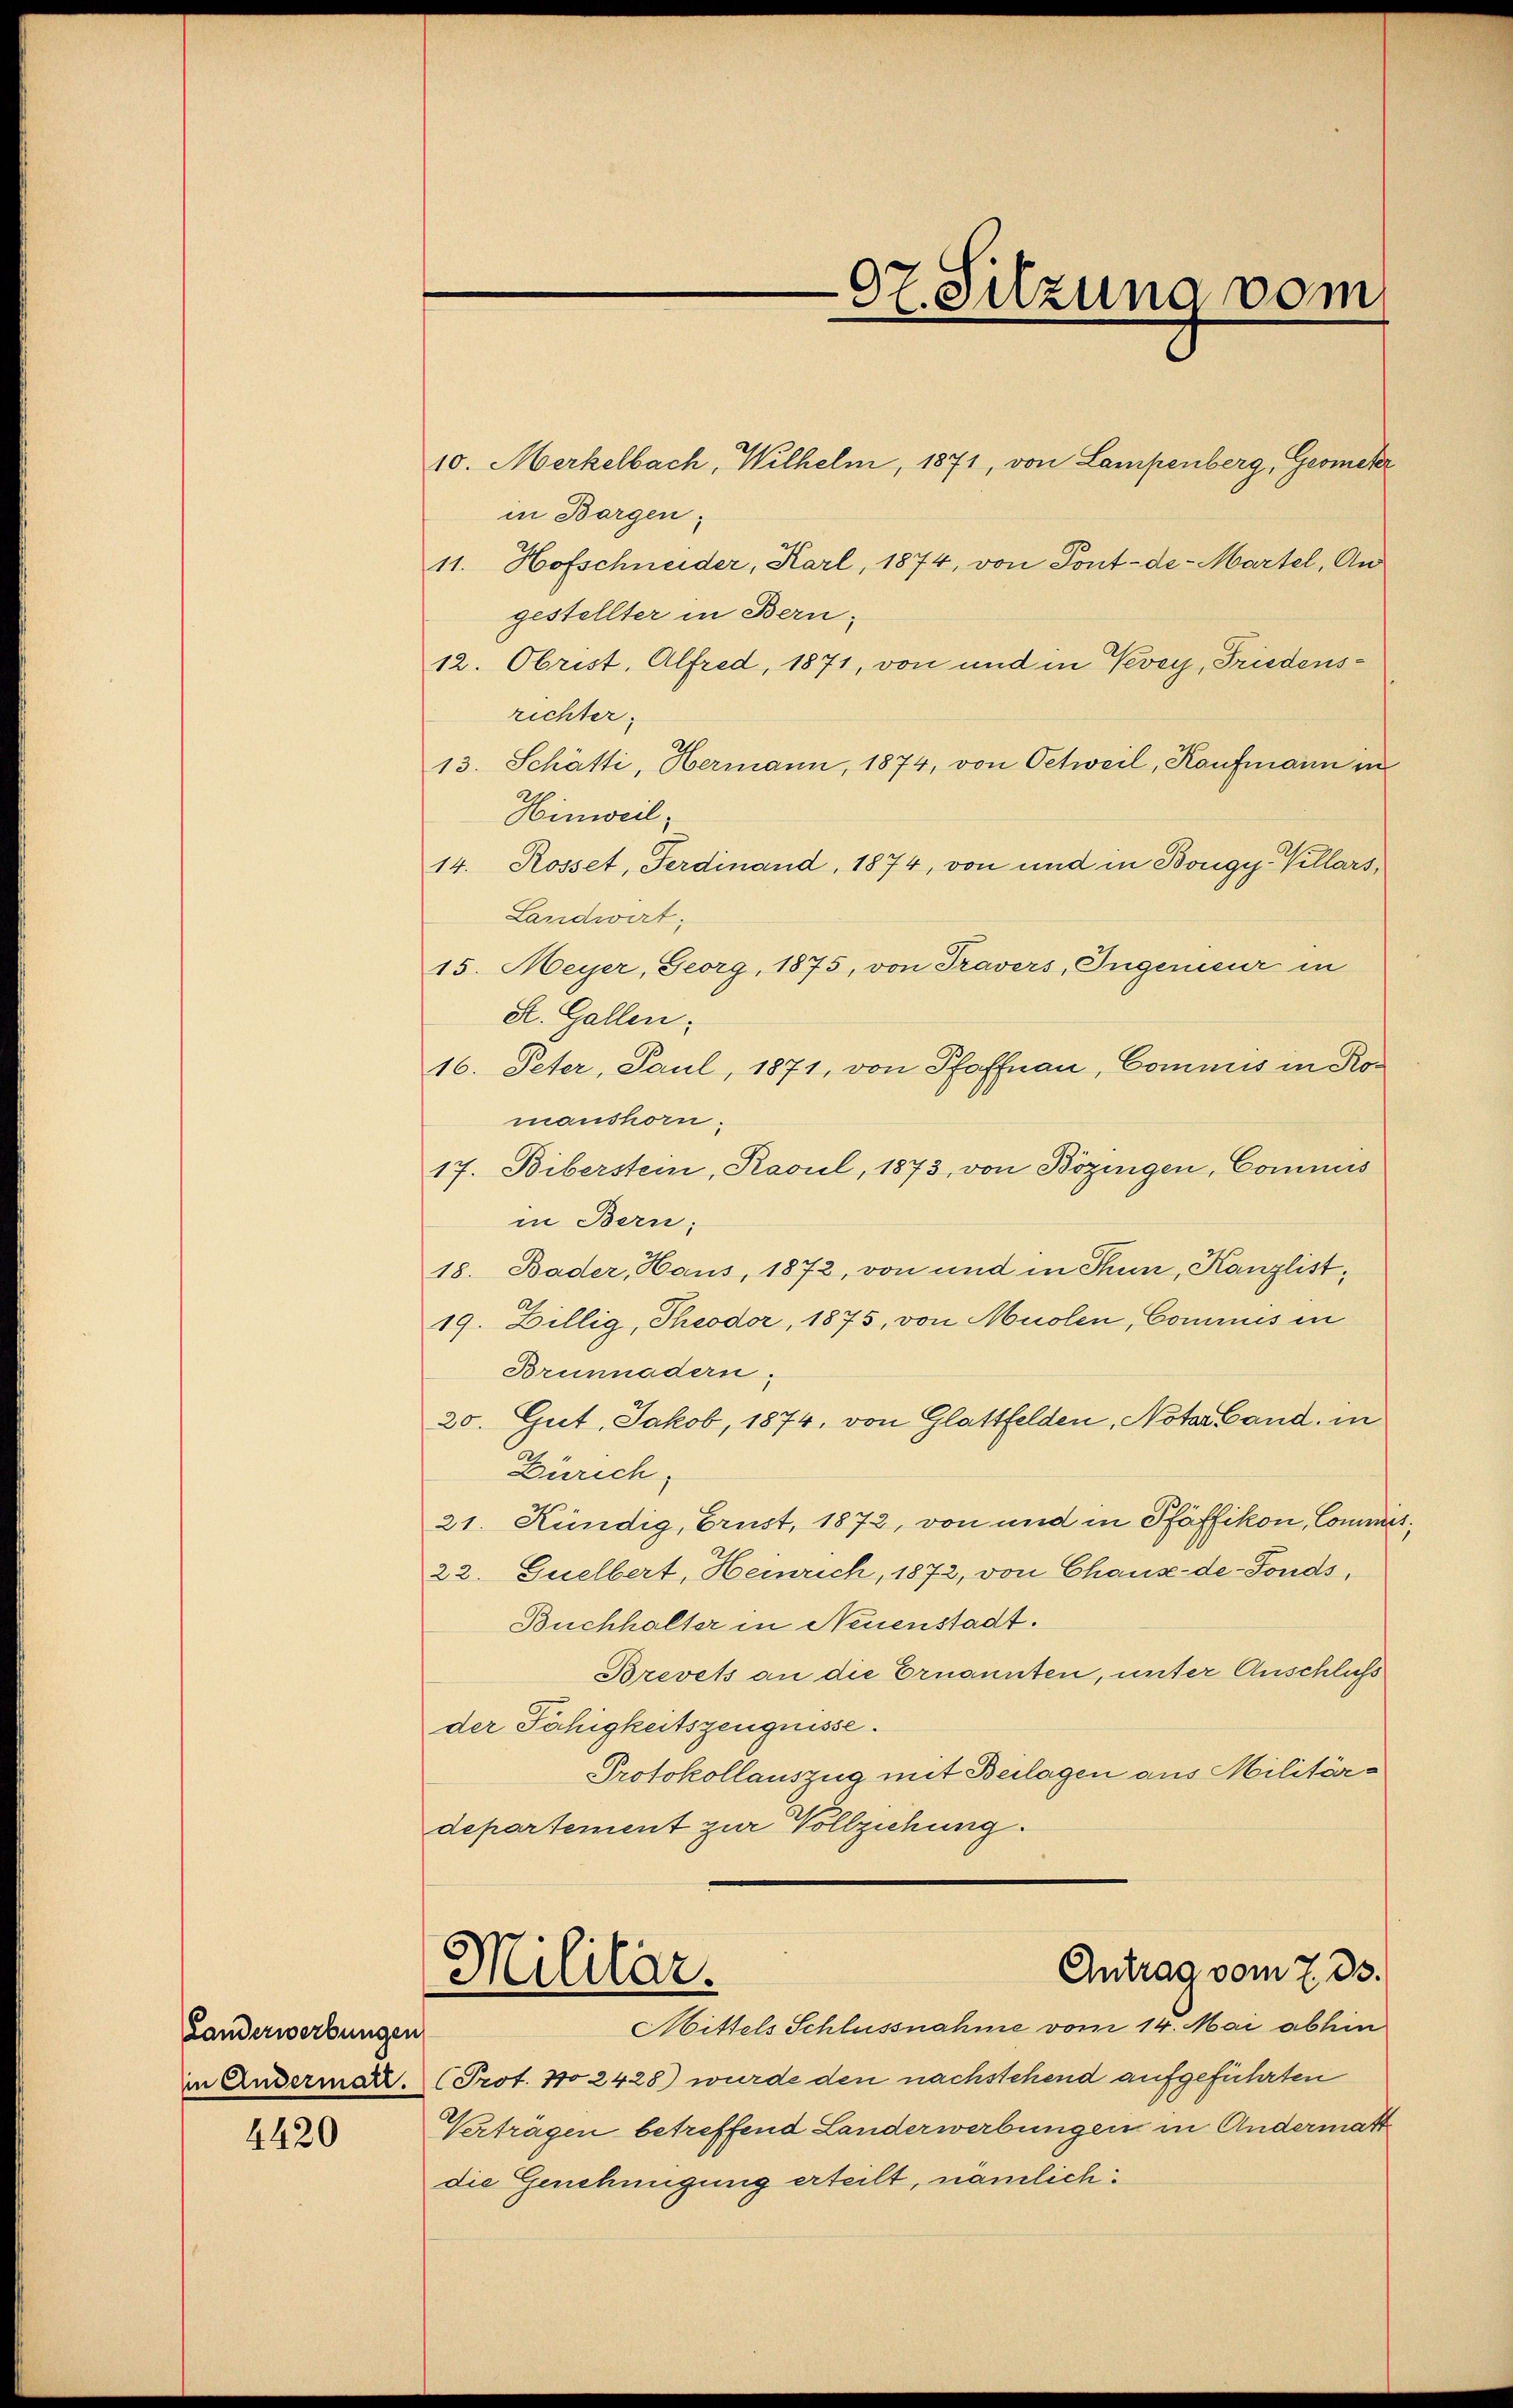
Landerwerbungen

4420

07. Sitzung vom
—

10. Merkelbach, Wilhelm, 1871, von Lampenberg, Geometr
in Bargen,
11. Hofschneider, Karl, 1874, von Pont-de-Martel, Angestellter in Bern-
12. Obrist, Alfred, 1871, von und in Vevey, Friedensrichter.
13. Schätti, Hermann, 1874, von Oetweil, Kaufmann in
Hinweil
14. Rosset, Ferdinand, 1874, von und in Bougy-Villars,
Landwirt
15. Meyer, Georg, 1875, von Travers, Ingenieur in
S. Gallen.
16. Peter, Paul, 1871, von Pfaffnau, Commis in Ros
manshorn.
17. Biberstein, Ravul, 1873, von Bözingen, Commis
in Bern;
18. Bader, Haus, 1872, von und in Thun, Kanzlist¬
19. Billig, Theodor, 1875, von Muolen, Commis in
Brunnadern,
20. Gut. Jakob, 1874, von Glattfelden, Notar Land, in
Zürich,
21. Kündig, Brust, 1872, von und in Pfäffikon, Commis¬
22. Zuelbert, Heinrich, 1872, von Chaux-de-Fonds,
Buchhalter in Neuenstadt.
Brevets an die Ernannten, unter Anschluß
der Fähigkeitszeugnisse.
Protokollauszug mit Beilagen aus Militärdepartement zur Vollziehung.
Antrag vom 7. 33.
Militär.
Mittels Schlussnahme vom 14. Mai abhin
in Andermar. (Prot. No 2428) wurde den nachstehend aufgeführten
Verträgen betreffend Landerwerbungen in Andermatt
die Genehmigung erteilt, nämlich: